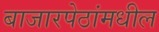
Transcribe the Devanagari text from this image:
बाजारपेठांमधील